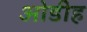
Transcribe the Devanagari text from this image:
ओडीह